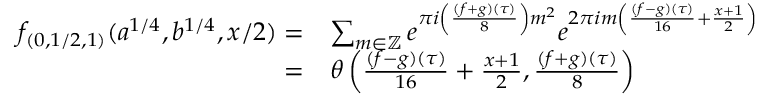
\begin{array} { r l } { f _ { ( 0 , 1 / 2 , 1 ) } ( a ^ { 1 / 4 } , b ^ { 1 / 4 } , x / 2 ) = } & { \sum _ { m \in \mathbb { Z } } e ^ { \pi i \left( \frac { ( f + g ) ( \tau ) } { 8 } \right) m ^ { 2 } } e ^ { 2 \pi i m \left( \frac { ( f - g ) ( \tau ) } { 1 6 } + \frac { x + 1 } { 2 } \right) } } \\ { = } & { \theta \left( \frac { ( f - g ) ( \tau ) } { 1 6 } + \frac { x + 1 } { 2 } , \frac { ( f + g ) ( \tau ) } { 8 } \right) } \end{array}